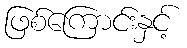
ဖြစ်ကြောင်းနှင့်